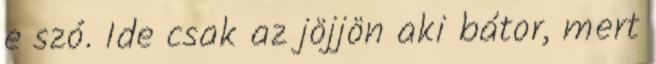
e szó. Ide csak az jöjjön aki bátor, mert